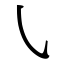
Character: ㇂